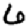
Digit: 6